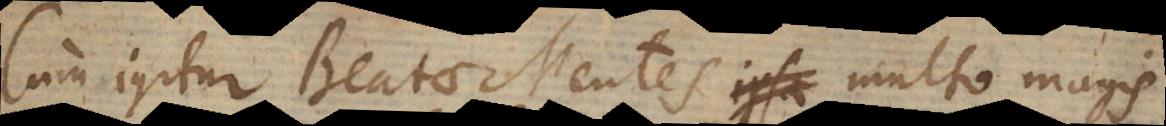
Cum igitur Beatae Mentes multo magis